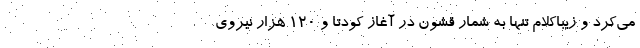
می‌کرد و زیباکلام تنها به شمار قشون در آغاز کودتا و 120 هزار نیروی